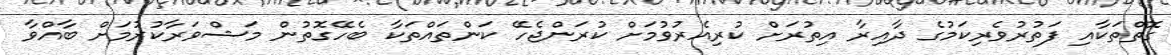
ގޮތްތަކާއި ފަތުރުވެރިކަމުގެ ދާއިރާ އިތުރަށް ކުރިއެރުވުމަށް ކުރަންޖެހޭ ކަންތައްތަކާ ބެހޭގޮތުން މަޝްވަރާކުރުމަށް ބާއްވާ